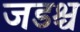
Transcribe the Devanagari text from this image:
जडश्च